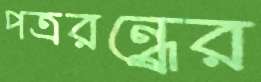
পত্ররন্ধ্রের